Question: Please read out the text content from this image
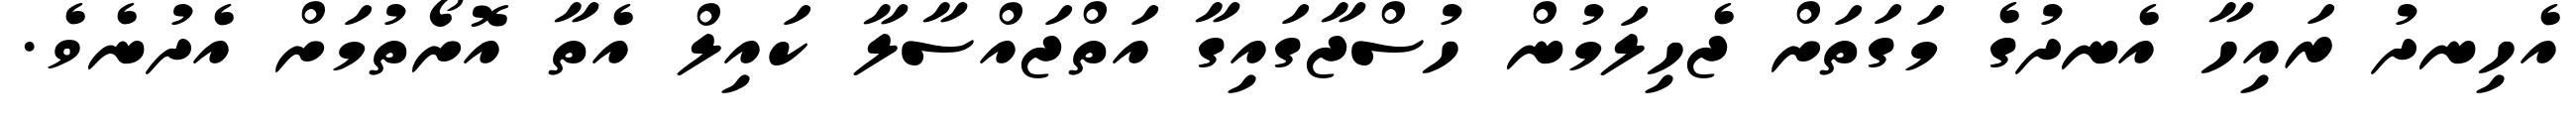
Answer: އެހިނދު ރައިހާ އެނދުގެ މަގަތަށް ޖެހިލަމުން ހުސްޖާގައިގާ އަތްޖައްސާލާ ކައިލް އެތާ އޮށޯތުމަށް އެދުނެވެ.